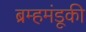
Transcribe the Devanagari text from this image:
ब्रम्हमंडूकी